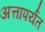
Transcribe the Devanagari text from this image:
अत्तापर्यंत